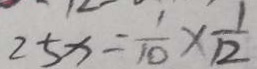
2 5 x = \frac { 1 } { 1 0 } \times \frac { 1 } { 1 2 }